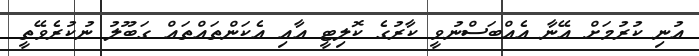
އުނި ކުރުމަށް އޭނާ އެއްބަސްނުވީ ކާރުގެ ކޮލިޓީ އާއި އެކަންތައްތައް ގަބޫލު ނުކުރެވޭތީ